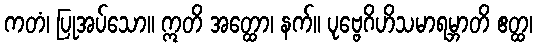
ကတံ၊ ပြုအပ်သော။ ဣတိ အတ္ထော၊ နက်။ ပုဗ္ဗေဂိဟိသမာရမ္ဘာတိ ဧတ္ထ၊